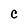
Character: c